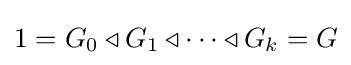
1=G_{0}\triangleleft G_{1}\triangleleft \cdots \triangleleft G_{k}=G